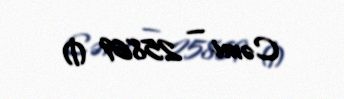
Cəmi — 25869 ₼